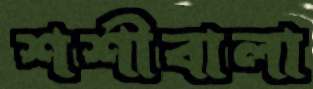
শশীবালা